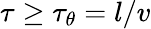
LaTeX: \tau\geq\tau_{\theta}=l/v